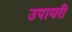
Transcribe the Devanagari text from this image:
उपायरी